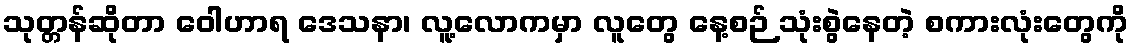
သုတ္တန်ဆိုတာ ဝေါဟာရ ဒေသနာ၊ လူ့လောကမှာ လူတွေ နေ့စဉ် သုံးစွဲနေတဲ့ စကားလုံးတွေကို